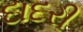
દાદરી